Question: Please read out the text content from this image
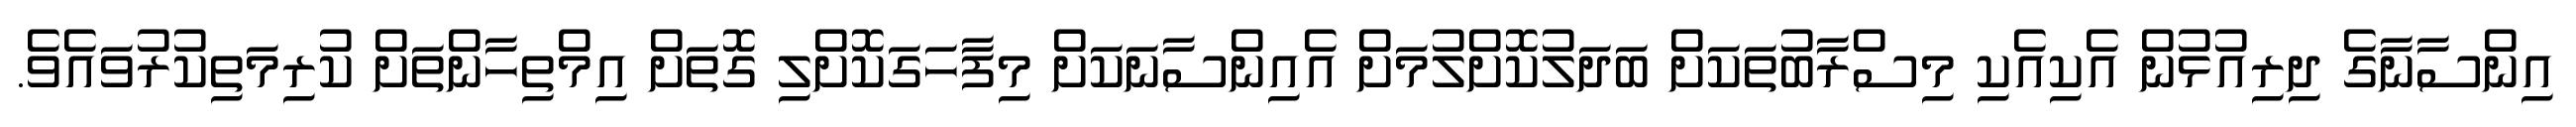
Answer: އިންސާނާގެ ދިރިއުޅުން އެކިއެކި މިސްރާބުތަކަށް ބަދަލުކޮށްލުމަށް އެއިންސާނަކަށް މިފާހަގަކޮށްލި ގޮތަށް އިމްތިހާންތަށް ކުރިމަތިކުރުވައެވެ.